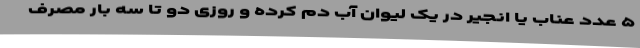
۵ عدد عناب یا انجیر در یک لیوان آب دم کرده و روزی دو تا سه بار مصرف